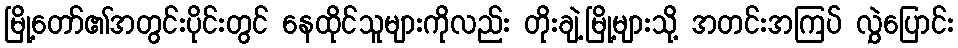
မြို့တော်၏အတွင်းပိုင်းတွင် နေထိုင်သူများကိုလည်း တိုးချဲ့မြို့များသို့ အတင်းအကြပ် လွှဲပြောင်း